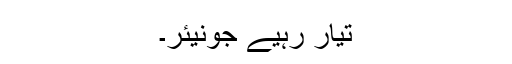
تیار رہیے جونیئر۔